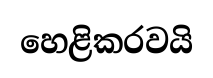
හෙළිකරවයි